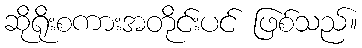
ဆိုရိုးစကားအတိုင်းပင် ဖြစ်သည်။